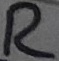
Text: R